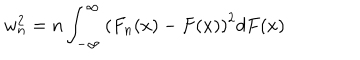
LaTeX: w _ { n } ^ { 2 } = n \int _ { - \infty } ^ { \infty } \left( F _ { n } ( x ) - F ( x ) \right) ^ { 2 } d F ( x )